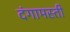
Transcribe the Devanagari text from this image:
दंगामस्ती